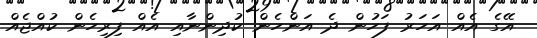
އޭގެ އެއް އަހަރު ފަހުން ދެ އަންހެން ކުދިންނާއި އެއް ފިރިހެން ކުއްޖެއް